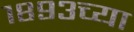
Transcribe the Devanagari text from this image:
१८९३च्या